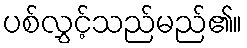
ပစ်လွှင့်သည်မည်၏။